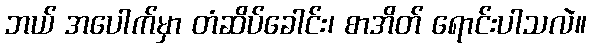
ဘယ် အပေါက်မှာ တံဆိပ်ခေါင်း၊ စာအိတ် ရောင်းပါသလဲ။